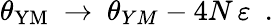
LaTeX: \theta_{\mathrm{YM}}~\to~\theta_{YM}-4N\, \varepsilon~~.